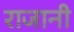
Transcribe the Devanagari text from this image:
राजानी